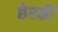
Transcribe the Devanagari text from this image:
छेरकी